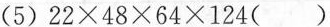
(5)$$2 2 \times 4 8 \times 6 4 \times 1 2 4 ( )$$